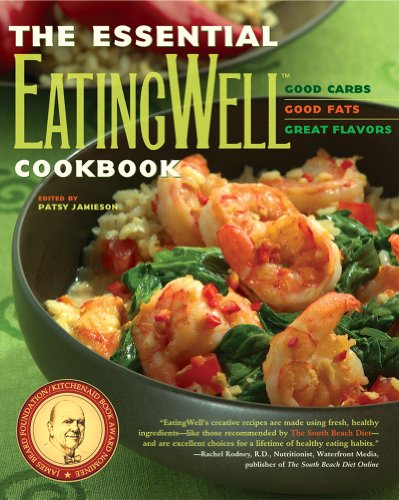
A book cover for The Essential Eatingwell Cookbook: Good Carbs, Good Fats, Great Flavors; Cookbooks, Food & Wine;